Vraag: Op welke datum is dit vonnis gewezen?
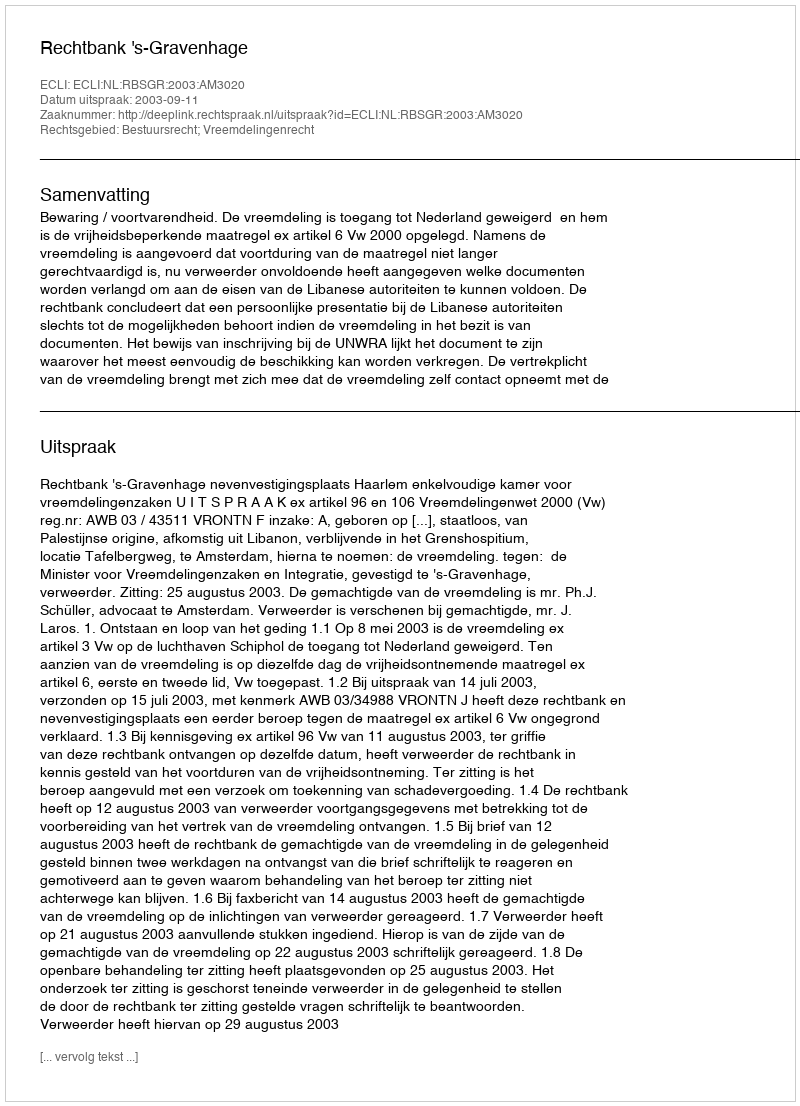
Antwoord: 2003-09-11